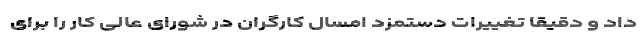
داد و دقیقاً تغییرات دستمزد امسال کارگران در شورای عالی کار را برای